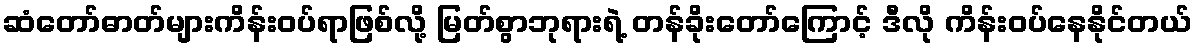
ဆံတော်ဓာတ်များကိန်းဝပ်ရာဖြစ်လို့ မြတ်စွာဘုရားရဲ့ တန်ခိုးတော်ကြောင့် ဒီလို ကိန်းဝပ်နေနိုင်တယ်